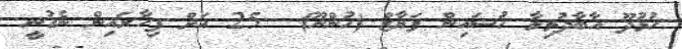
ހުޅުދޫ އާބާދުވިލާ ހުސައިން ފަޔާޒް (ހުންނޫ)  25 އަށް ފިހާރައިން ނެގުނީ